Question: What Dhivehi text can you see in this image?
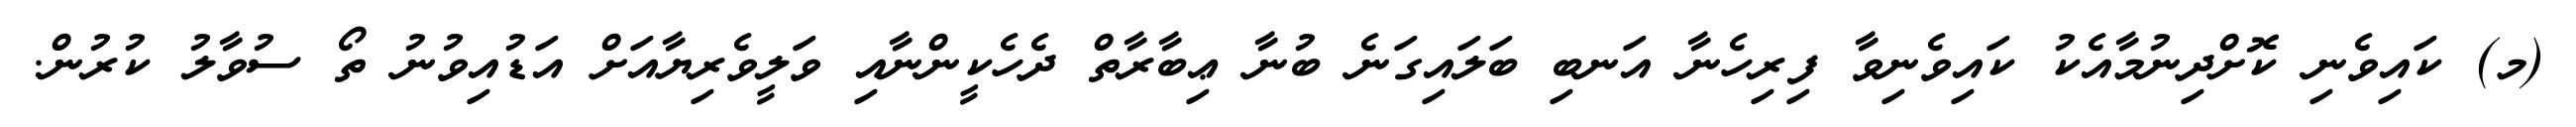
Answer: (މ) ކައިވެނި ކޮށްދިނުމާއެކު ކައިވެނިވާ ފިރިހެނާ އަނބި ބަލައިގަނެ ބުނާ ޢިބާރާތް ދެހެކީންނާއި ވަލީވެރިޔާއަށް އަޑުއިވުނު ތޯ ސުވާލު ކުރުން.